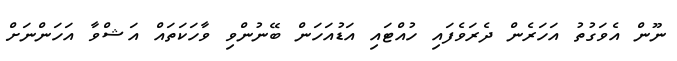
ނޫން އެވަގުތު އަހަރެން ދެރަވެފައި ހުއްޓައި އަޑުއަހަން ބޭނުންވި ވާހަކަތައް އަޝްވާ އަހަންނަށް